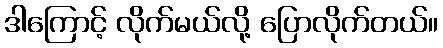
ဒါကြောင့် လိုက်မယ်လို့ ပြောလိုက်တယ်။